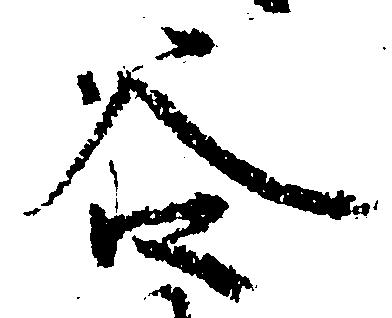
谷